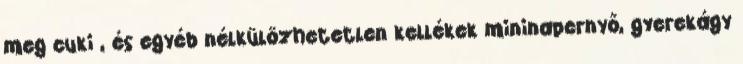
meg cuki , és egyéb nélkülözhetetlen kellékek mininapernyő, gyerekágy